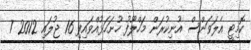
ކޮމިޓީ އެލަވަންސް އުނިކުރަން މަހްލޫފު ހުށަހަޅުއްވައިފި 16 ޖުލައި 2012 7